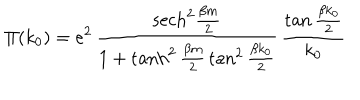
LaTeX: \Pi ( k _ { 0 } ) = e ^ { 2 } \, { \frac { \mathrm { s e c h } ^ { 2 } { \frac { \beta m } { 2 } } } { 1 + \tanh ^ { 2 } { \frac { \beta m } { 2 } } \tan ^ { 2 } { \frac { \beta k _ { 0 } } { 2 } } } } \, { \frac { \tan { \frac { \beta k _ { 0 } } { 2 } } } { k _ { 0 } } }